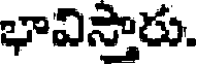
భావిస్తారు.